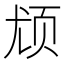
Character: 𬱔